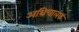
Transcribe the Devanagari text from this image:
अथिचालक